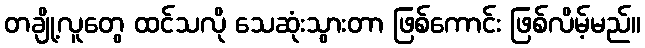
တချို့လူတွေ ထင်သလို သေဆုံးသွားတာ ဖြစ်ကောင်း ဖြစ်လိမ့်မည်။